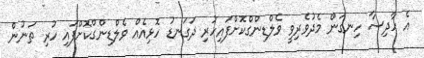
އެ ހާދިސާ ހިނގަން މެދުވެރިވީ ވެލްޑިންގްކޮށްފައިހުރި ދަގަނޑު ހޮޅިއެއް ވެލްޑިންގްކޮށްފައި ހުރި ތަނުން